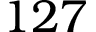
1 2 7